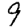
Digit: 9